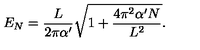
E _ { N } = \frac { L } { 2 \pi \alpha ^ { \prime } } \sqrt { 1 + \frac { 4 \pi ^ { 2 } \alpha ^ { \prime } N } { L ^ { 2 } } } .